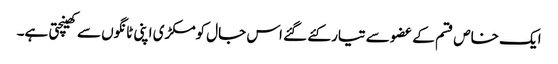
ایک خاص قسم کے عضو سے تیار کئے گئے اس جال کومکڑی اپنی ٹانگوں سے کھینچتی ہے۔